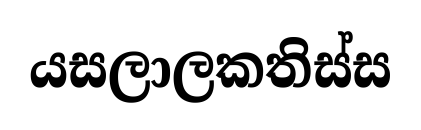
යසලාලකතිස්ස